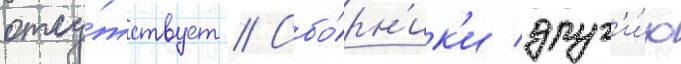
отсу́тствует // Сбо́рн'ик'и друг'и́х